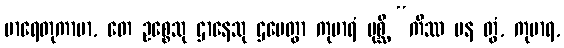
မာရေတုကာမာ, တေ ဥစ္စေသု ဌာနေသု ဌပေတွာ ကုမာရံ ပုစ္ဆိ “ကိဿ ပန တွံ, ကုမာရ,